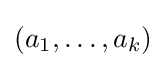
(a_{1},\ldots ,a_{k})